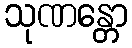
သုဏန္တော